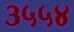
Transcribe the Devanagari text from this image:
३५५४